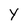
Character: Y